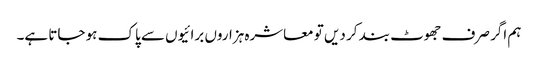
ہم اگر صرف جھوٹ بند کر دیں تو معاشرہ ہزاروں برائیوں سے پاک ہو جاتا ہے۔